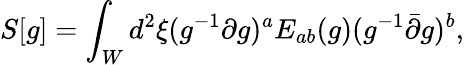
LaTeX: S[g]=\int_{W}d^{2}\xi(g^{-1}\partial g)^{a}E_{ab}(g)(g^{-1}\bar{\partial}g)^{b},